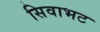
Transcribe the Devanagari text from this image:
सिवाभट